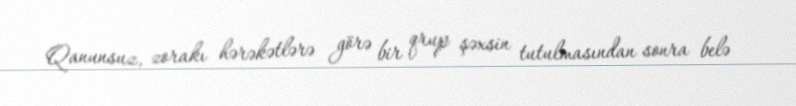
Qanunsuz, zorakı hərəkətlərə görə bir qrup şəxsin tutulmasından sonra belə